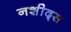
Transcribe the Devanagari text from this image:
नशीद्स